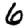
Digit: 6